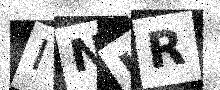
Text: INKR